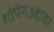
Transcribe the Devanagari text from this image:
शोपेन७हावर